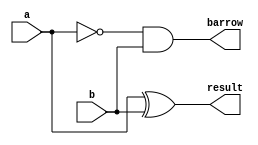
// Code your design here


module halfsub(input a,b,
               output result,barrow);
  
  assign result = a ^ b;
  assign barrow = ~a & b;
  
endmodule

// Code your testbench here
// or browse Examples

module halfsub_tb;
  
  reg a,b;
  wire result,barrow;
  
  halfsub dut(a,b,result,barrow);
  
  initial begin
    
    $monitor("time = %0t | a = %b | b = %b | result = %b | barrow = %b ",$time,a,b,result,barrow);
    
    a = 0; b  =0; #10;
    a = 0; b  =1; #10;
    a = 1; b  =0; #10;
    a = 1; b  =1; #10;
    
    
  end
endmodule